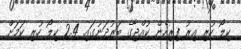
ކިލޯ ހުރި އިރު ފިރިހެން ކުއްޖާގެ ބަރުދަނުގައި 2.4 ކިލޯ ހުރި ކަމަށް